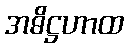
အဓိဋ္ဌဟာထ